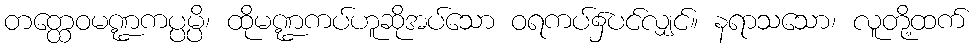
တတ္ထေဝမဏ္ဍကပ္ပမ္ပိ၊ ထိုမဏ္ဍကပ်ဟူဆိုအပ်သော ဝရကပ်၌ပင်လျှင်။ နရာသသော၊ လူတို့ထက်